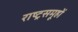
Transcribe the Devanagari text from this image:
राष्ट्रसमूहों